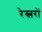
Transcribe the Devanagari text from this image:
रेस्लरों